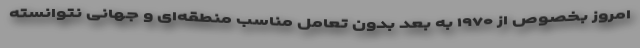
امروز بخصوص از ۱۹۷۰ به بعد بدون تعامل مناسب منطقه‌ای و جهانی نتوانسته